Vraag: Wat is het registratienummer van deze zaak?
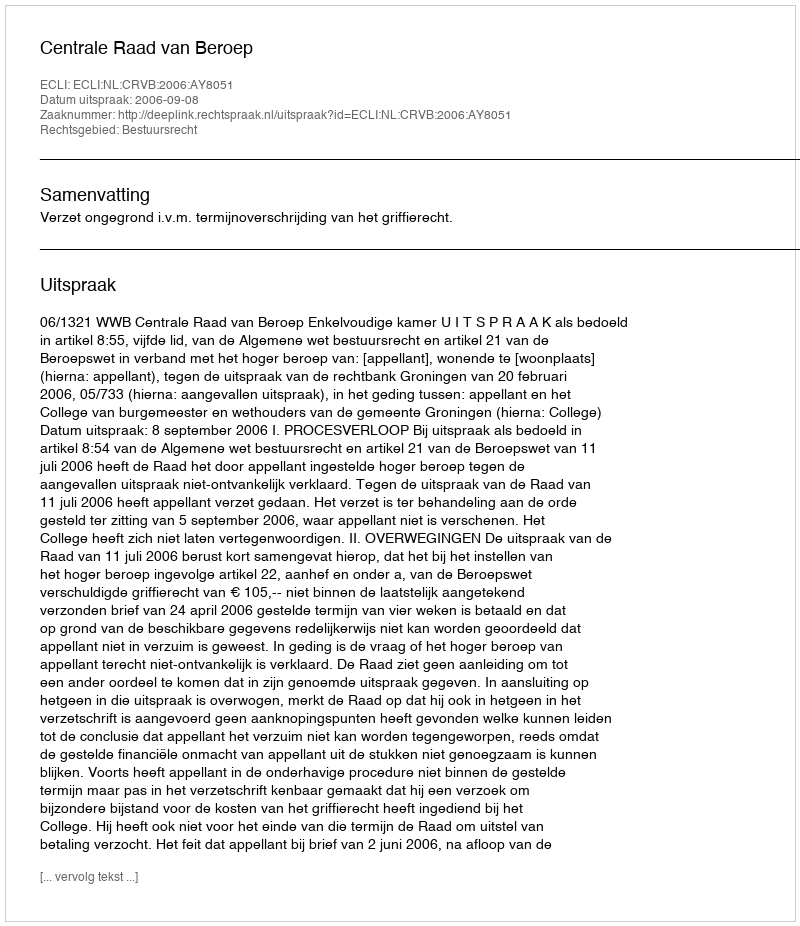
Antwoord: http://deeplink.rechtspraak.nl/uitspraak?id=ECLI:NL:CRVB:2006:AY8051